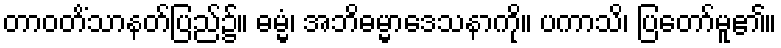
တာဝတိံသာနတ်ပြည်၌။ ဓမ္မံ၊ အဘိဓမ္မာဒေသနာကို။ ပကာသိ၊ ပြတော်မူ၏။